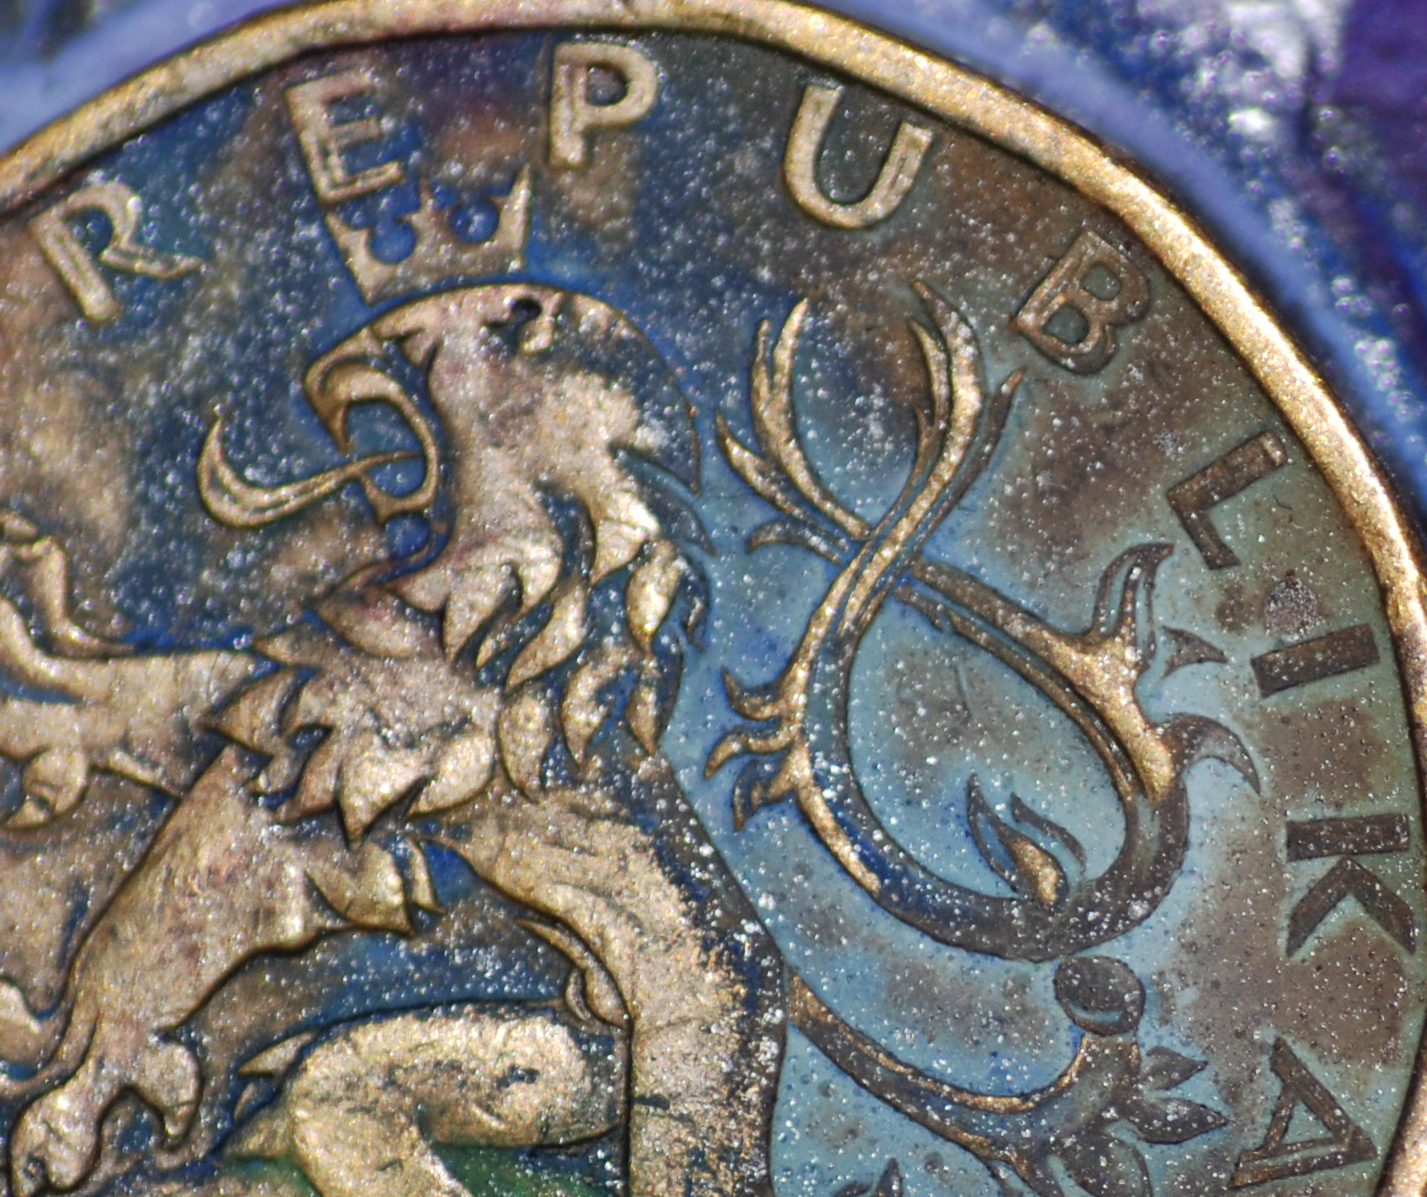
REPUBLIKA